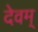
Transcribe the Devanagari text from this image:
देवम्